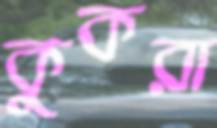
কুকরা